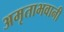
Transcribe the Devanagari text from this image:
अमृताभवानी